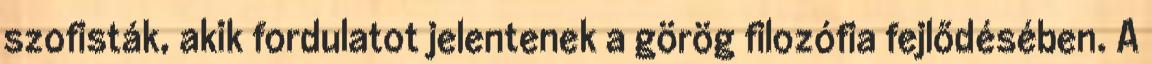
szofisták, akik fordulatot jelentenek a görög filozófia fejlődésében. A